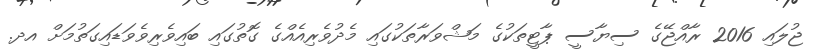
ޖުލައި 2016 ރާއްޖޭގެ ސިޔާސީ ޕާޓީތަކުގެ މަޝްވަރާތަކުގައި މެދުވެރިއެއްގެ ގޮތުގައި ބައިވެރިވެވަޑައިގަތުމަށް އދ.